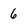
Character: 6